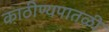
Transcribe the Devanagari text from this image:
काठीण्यपातळी